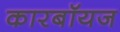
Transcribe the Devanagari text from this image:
कारबॉयज